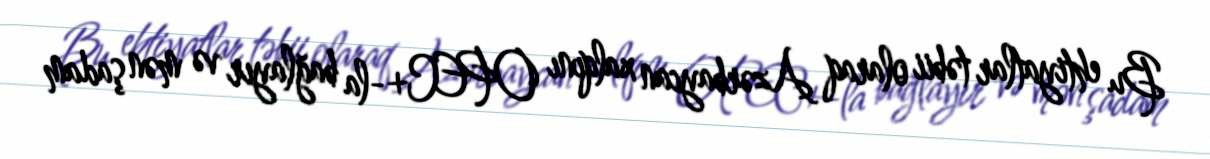
Bu ehtiyatlar təbii olaraq Azərbaycan xalqını OPEC+-la bağlayır və mən şadam